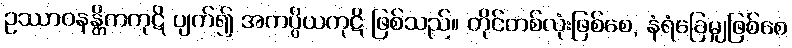
ဥဿာဝနန္တိကကုဋိ ပျက်၍ အကပ္ပိယကုဋိ ဖြစ်သည်။ တိုင်တစ်လုံးဖြစ်စေ, နံရံခြေမျှဖြစ်စေ